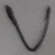
Text: V